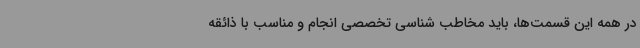
در همه این قسمت‌ها، باید مخاطب شناسی تخصصی انجام و مناسب با ذائقه